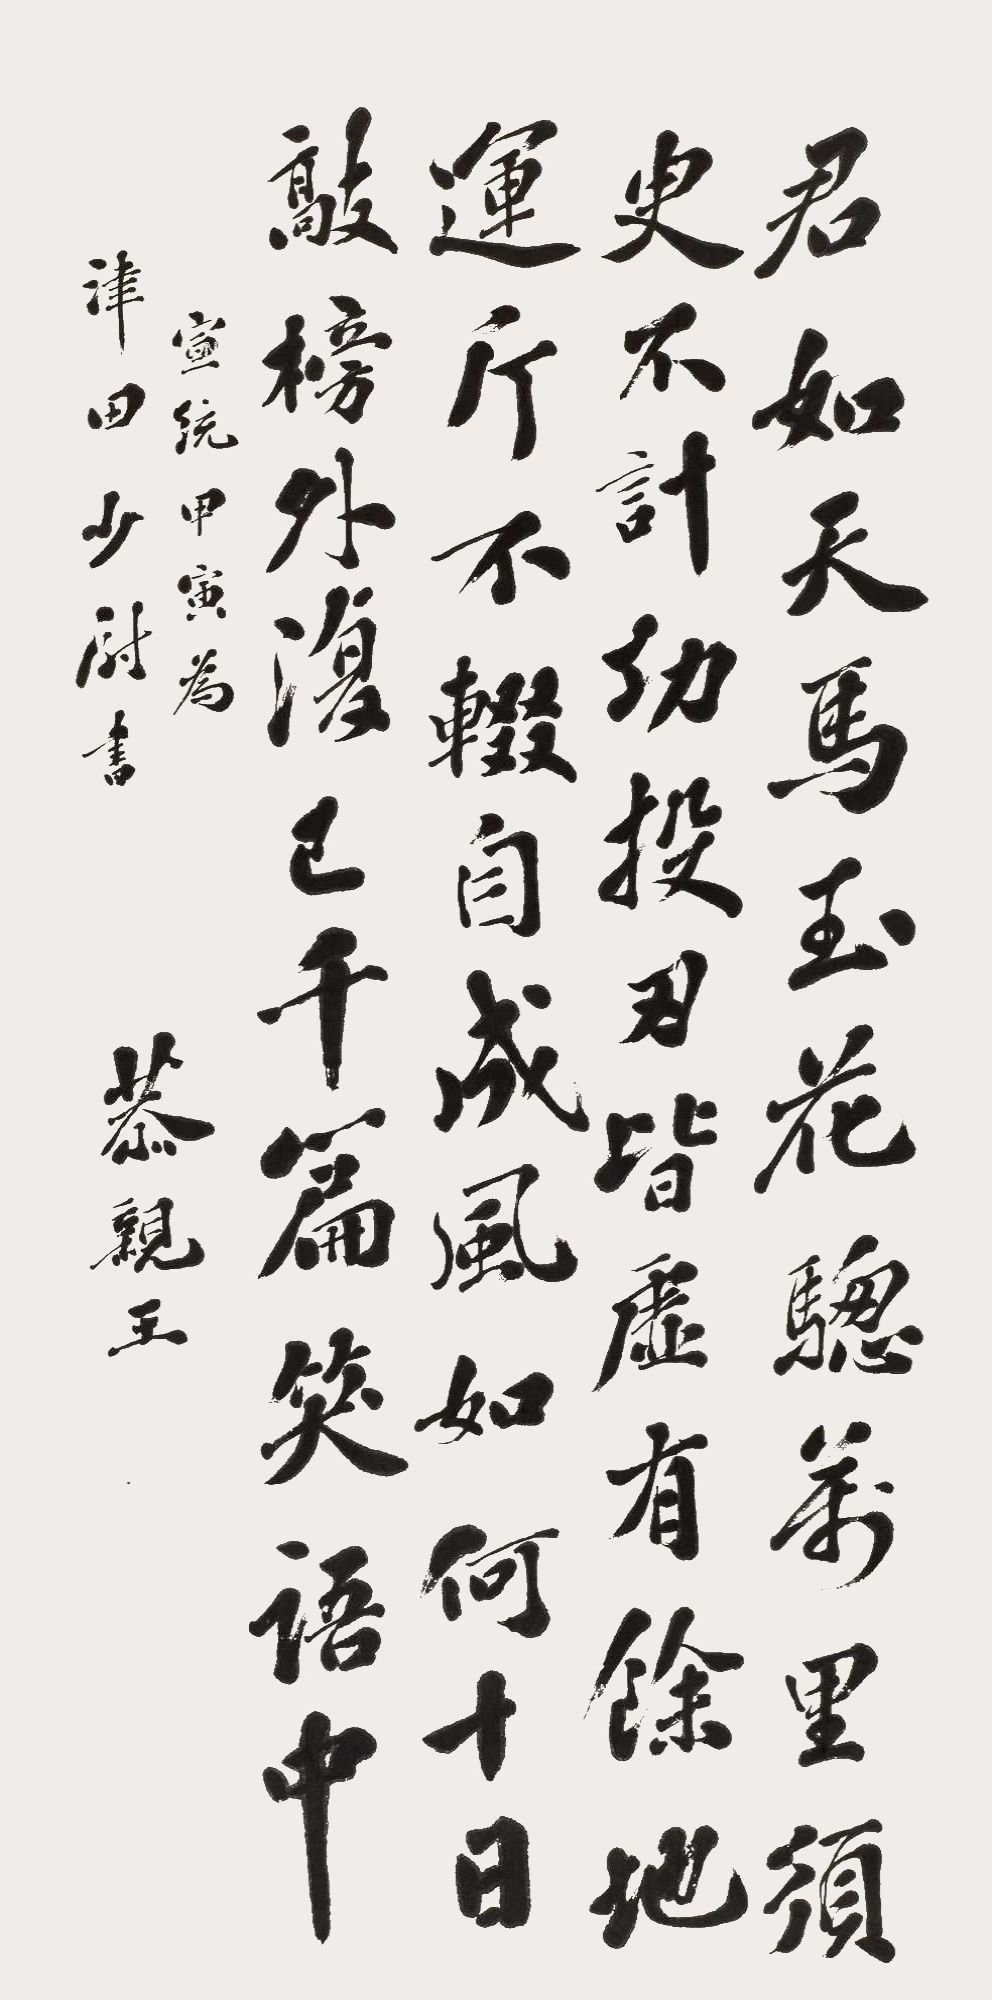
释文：君如天马玉花骢，万里须臾不计功。投刃皆虚有余地，运斤不辍自成风。如何十日敲榜外，复已千篇笑语中。宣统甲寅为津田少尉书。恭亲王。